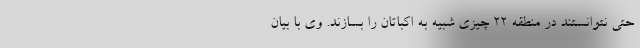
حتی نتوانستند در منطقه 22 چیزی شبیه به اکباتان را بسازند. وی با بیان